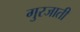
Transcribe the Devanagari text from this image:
गुरजाती